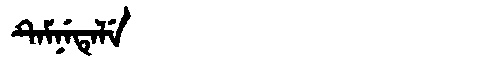
Manchu: ᡨᡝᠮᠨᡝᡨᡝᠯᡝ
Romanization: TEMNETELE